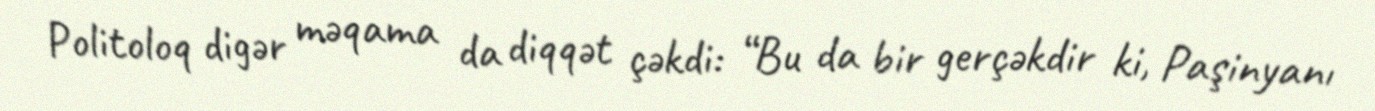
Politoloq digər məqama da diqqət çəkdi: “Bu da bir gerçəkdir ki, Paşinyanı